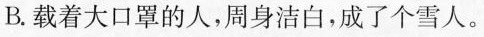
B. 载着大口罩的人，周身洁白。成了个雪人。